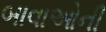
બાવાઓની